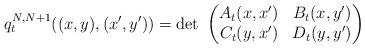
LaTeX: \begin{align*}{q}_t^{N,N+1}((x,y),(x',y'))=\det\ \begin{pmatrix}{A}_t(x,x') & {B}_t(x,y')\\ {C}_t(y,x') & {D}_t(y,y') \end{pmatrix} \ \end{align*}